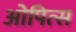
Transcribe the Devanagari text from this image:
ओपित्स